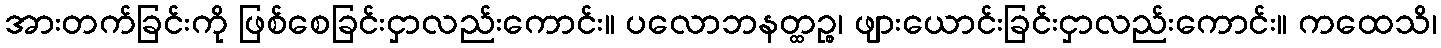
အားတက်ခြင်းကို ဖြစ်စေခြင်းငှာလည်းကောင်း။ ပလောဘနတ္ထဉ္စ၊ ဖျားယောင်းခြင်းငှာလည်းကောင်း။ ကထေသိ၊